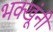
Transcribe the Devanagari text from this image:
भक्खूंनी